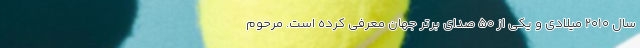
سال ۲۰۱۰ میلادی و یکی از ۵۰ صدای برتر جهان معرفی کرده‌ است. مرحوم